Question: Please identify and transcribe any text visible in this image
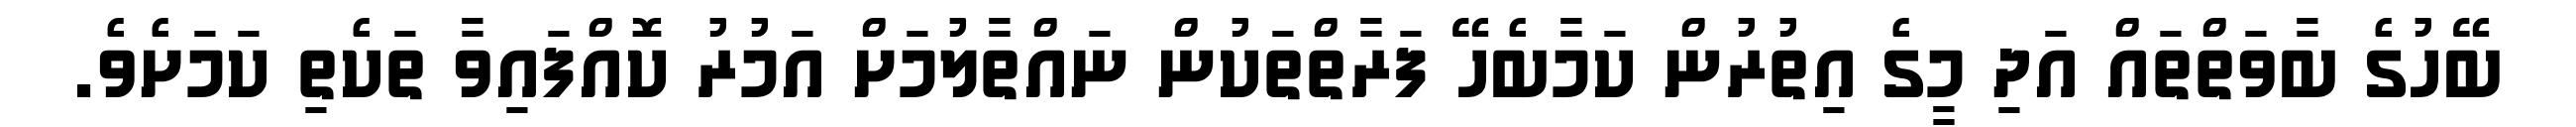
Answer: ބޭހުގެ ބާވަތްތައް އަދި މީގެ އިތުރުން ކަމާބެހޭ ފަރާތްތަކުން ނައްތާލުމަށް އަމުރު ކޮއްފައިވާ ތަކެތި ކަމަށެވެ.